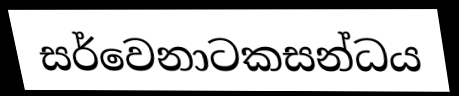
සර්වෙනාටකසන්ධය